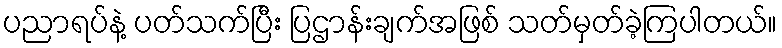
ပညာရပ်နဲ့ ပတ်သက်ပြီး ပြဌာန်းချက်အဖြစ် သတ်မှတ်ခဲ့ကြပါတယ်။